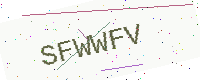
Text: SFWWFV